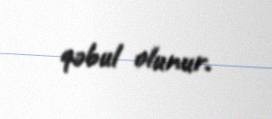
qəbul olunur.